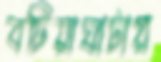
বটিয়াঘাটায়